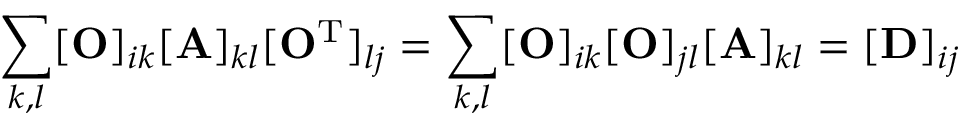
\sum _ { k , l } [ \mathbf { O } ] _ { i k } [ \mathbf { A } ] _ { k l } [ \mathbf { O } ^ { \mathrm { T } } ] _ { l j } = \sum _ { k , l } [ \mathbf { O } ] _ { i k } [ \mathbf { O } ] _ { j l } [ \mathbf { A } ] _ { k l } = [ \mathbf { D } ] _ { i j }